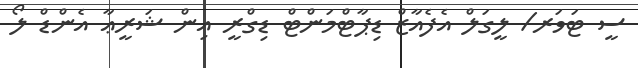
ސީ ޓަވަރ/ ލީގަލް އެފެއާޒް ޑިޕާޓްމަންޓް ޑިގްރީ އިން ޝަރީޢާ އެންޑް ލޯ